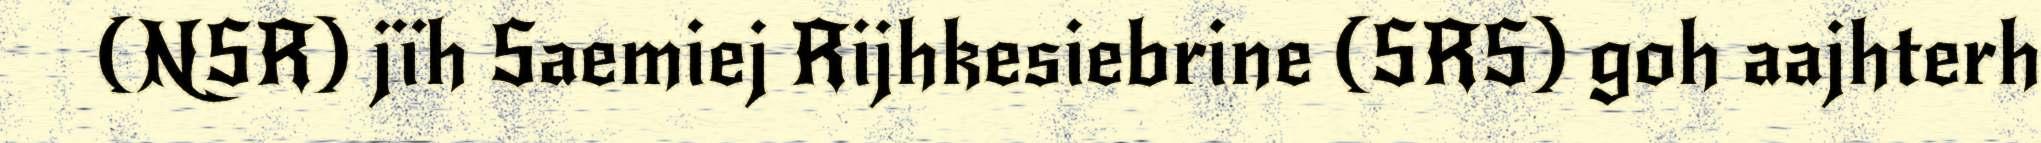
(NSR) jïh Saemiej Rijhkesiebrine (SRS) goh aajhterh